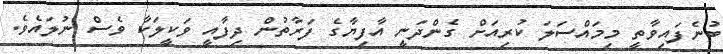
ބުނެފައިވާތީ މިމައްސަލަ ކުރިއަށް ގެންދަނީ އާފިޔާގެ ފަރާތުން ދިފާއީ ވަކީލަކާ ވެސް ނުލައެވެ.